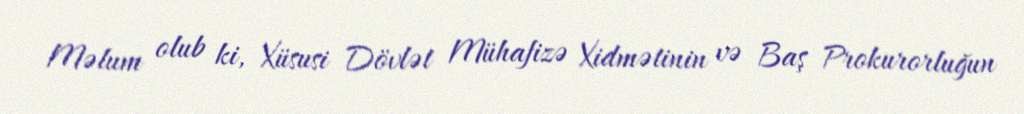
Məlum olub ki, Xüsusi Dövlət Mühafizə Xidmətinin və Baş Prokurorluğun